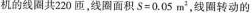
机的线圈共220匝，线圈面积$$S = 0 . 0 5 m^{2}$$ ，线圈转动的